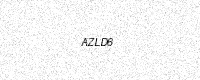
Text: AZLD6